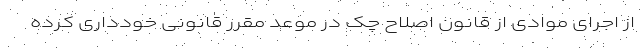
از اجرای موادی از قانون اصلاح چک در موعد مقرر قانونی خودداری کرده